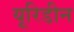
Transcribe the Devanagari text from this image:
यूरिडीन